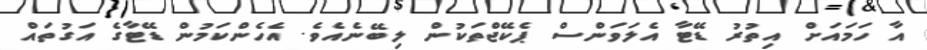
އާ ހަމައަށް އިތުރު ޑޭޓާ އެލަވަންސް ޕެކޭޖްތަކުން ލިބޭނެއެވެ. އެހެންކަމުން ޑޭޓާގެ އަގުތައް